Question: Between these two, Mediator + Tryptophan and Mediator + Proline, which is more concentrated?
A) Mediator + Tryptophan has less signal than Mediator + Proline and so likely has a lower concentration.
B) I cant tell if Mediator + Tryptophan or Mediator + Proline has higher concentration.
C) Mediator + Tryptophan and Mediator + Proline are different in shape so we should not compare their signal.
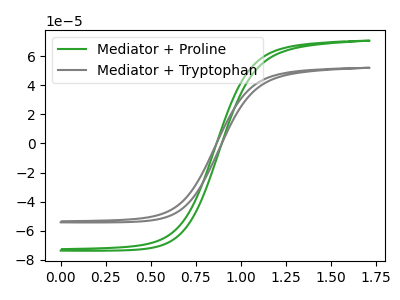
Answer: <think>The green curve "Mediator + Proline" has no peaks. The gray curve "Mediator + Tryptophan" has no peaks.
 Neither "Mediator + Tryptophan" or "Mediator + Proline" have any peaks.</think>
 <answer>B) I cant tell if "Mediator + Tryptophan" or "Mediator + Proline" has higher concentration.</answer>
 <eval>B</eval>